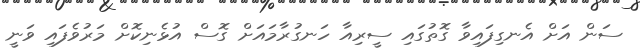
ސަން އަށް އެނގިފައިވާ ގޮތުގައި ސީރިއާ ހަނގުރާމައަށް ގޮސް އުޅެނިކޮށް މަރުވެފައި ވަނީ